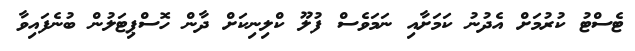
ޓެސްޓު ކުރުމަށް އެދުނު ކަމަށާއި ނަމަވެސް ފުލޫ ކްލިނިކަށް ދާން ހޮސްޕިޓަލުން ބުނެފައިވާ